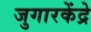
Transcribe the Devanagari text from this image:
जुगारकेंद्रे